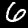
Label: 6